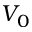
V _ { 0 }